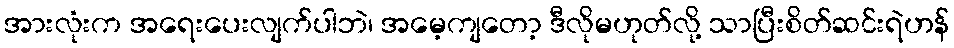
အားလုံးက အရေးပေးလျက်ပါဘဲ၊ အမေ့ကျတော့ ဒီလိုမဟုတ်လို့ သာပြီးစိတ်ဆင်းရဲဟန်